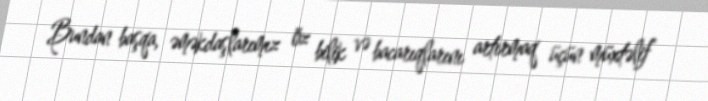
Bundan başqa, əməkdaşlarımız öz bilik və bacarıqlarını artırmaq üçün müxtəlif